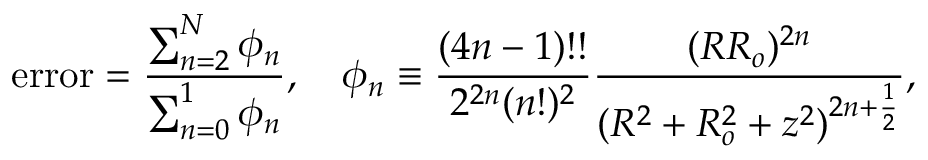
\mathrm { e r r o r } = \frac { \sum _ { n = 2 } ^ { N } \phi _ { n } } { \sum _ { n = 0 } ^ { 1 } \phi _ { n } } , \quad \phi _ { n } \equiv \frac { ( 4 n - 1 ) ! ! } { 2 ^ { 2 n } ( n ! ) ^ { 2 } } \frac { ( R R _ { o } ) ^ { 2 n } } { ( R ^ { 2 } + R _ { o } ^ { 2 } + z ^ { 2 } ) ^ { 2 n + \frac { 1 } { 2 } } } ,